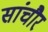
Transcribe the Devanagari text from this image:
सांचौर